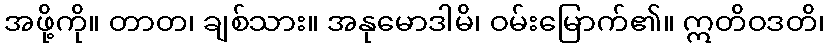
အဖို့ကို။ တာတ၊ ချစ်သား။ အနုမောဒါမိ၊ ဝမ်းမြောက်၏။ ဣတိဝဒတိ၊